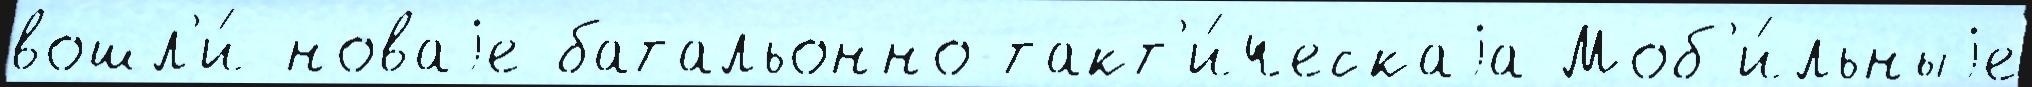
вошл'и́ новаjе батальонно-такт'и́ческаjа Моб'и́льныjе